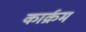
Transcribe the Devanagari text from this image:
कार्क्रम